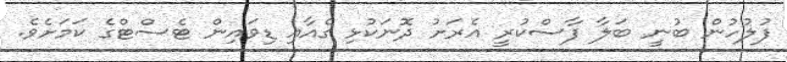
ފުލުހުން ބުނީ ބަލާ ފާސްކުރީ އެރަށު ދޮނަކުޅި ގެއާއި ޑިވައިން ޓެސްޓްގެ ކަމަށެވެ.